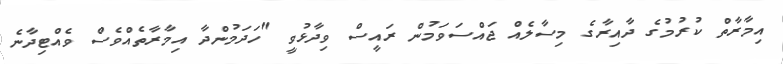
އިމާރާތް ކުރުމުގެ ދާއިރާގެ މިސާލެއް ޖައްސަވަމުން ރައީސް ވިދާޅުވީ "ހަދަމުންދާ އިމާރާތެއްވެސް ވެއްޓިދާނެ